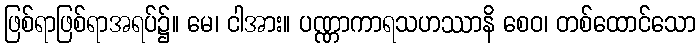
ဖြစ်ရာဖြစ်ရာအရပ်၌။ မေ၊ ငါအား။ ပဏ္ဏာကာရသဟဿာနိ စေဝ၊ တစ်ထောင်သော